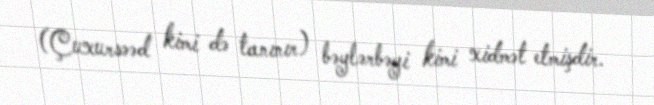
(Çuxursəəd kimi də tanınır) bəylərbəyi kimi xidmət etmişdir.